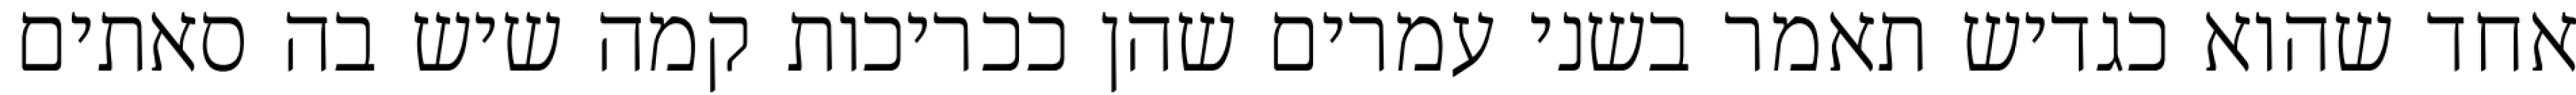
אחד שהוא כגדיש תאמר בשני עמרים שהן ככריכות קמה שיש בה סאתים